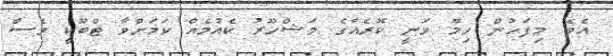
އެވެ. މިފަހުން ހިމޫ ވަނީ ކޮރެއާގެ މަޝްހޫރު ކެއުމެއް ކަމަށްވާ ޓްބޫކީ ވެސް